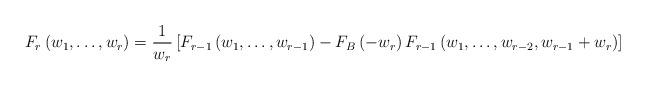
LaTeX: \begin{align*}F_{r}\left(w_{1},\dots,w_{r}\right)=\frac{1}{w_{r}} \left[F_{r-1}\left(w_{1},\dots,w_{r-1}\right)- F_{B}\left(-w_{r}\right)F_{r-1}\left(w_{1},\dots,w_{r-2},w_{r-1}+w_{r}\right) \right]\end{align*}